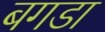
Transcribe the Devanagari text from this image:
बगडा